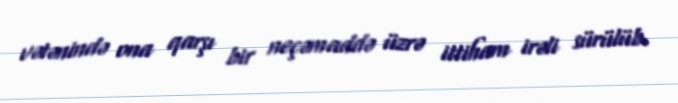
vətənində ona qarşı bir neçəmaddə üzrə ittiham irəli sürülüb.